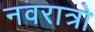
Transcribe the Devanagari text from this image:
नवरात्रो